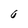
Character: G